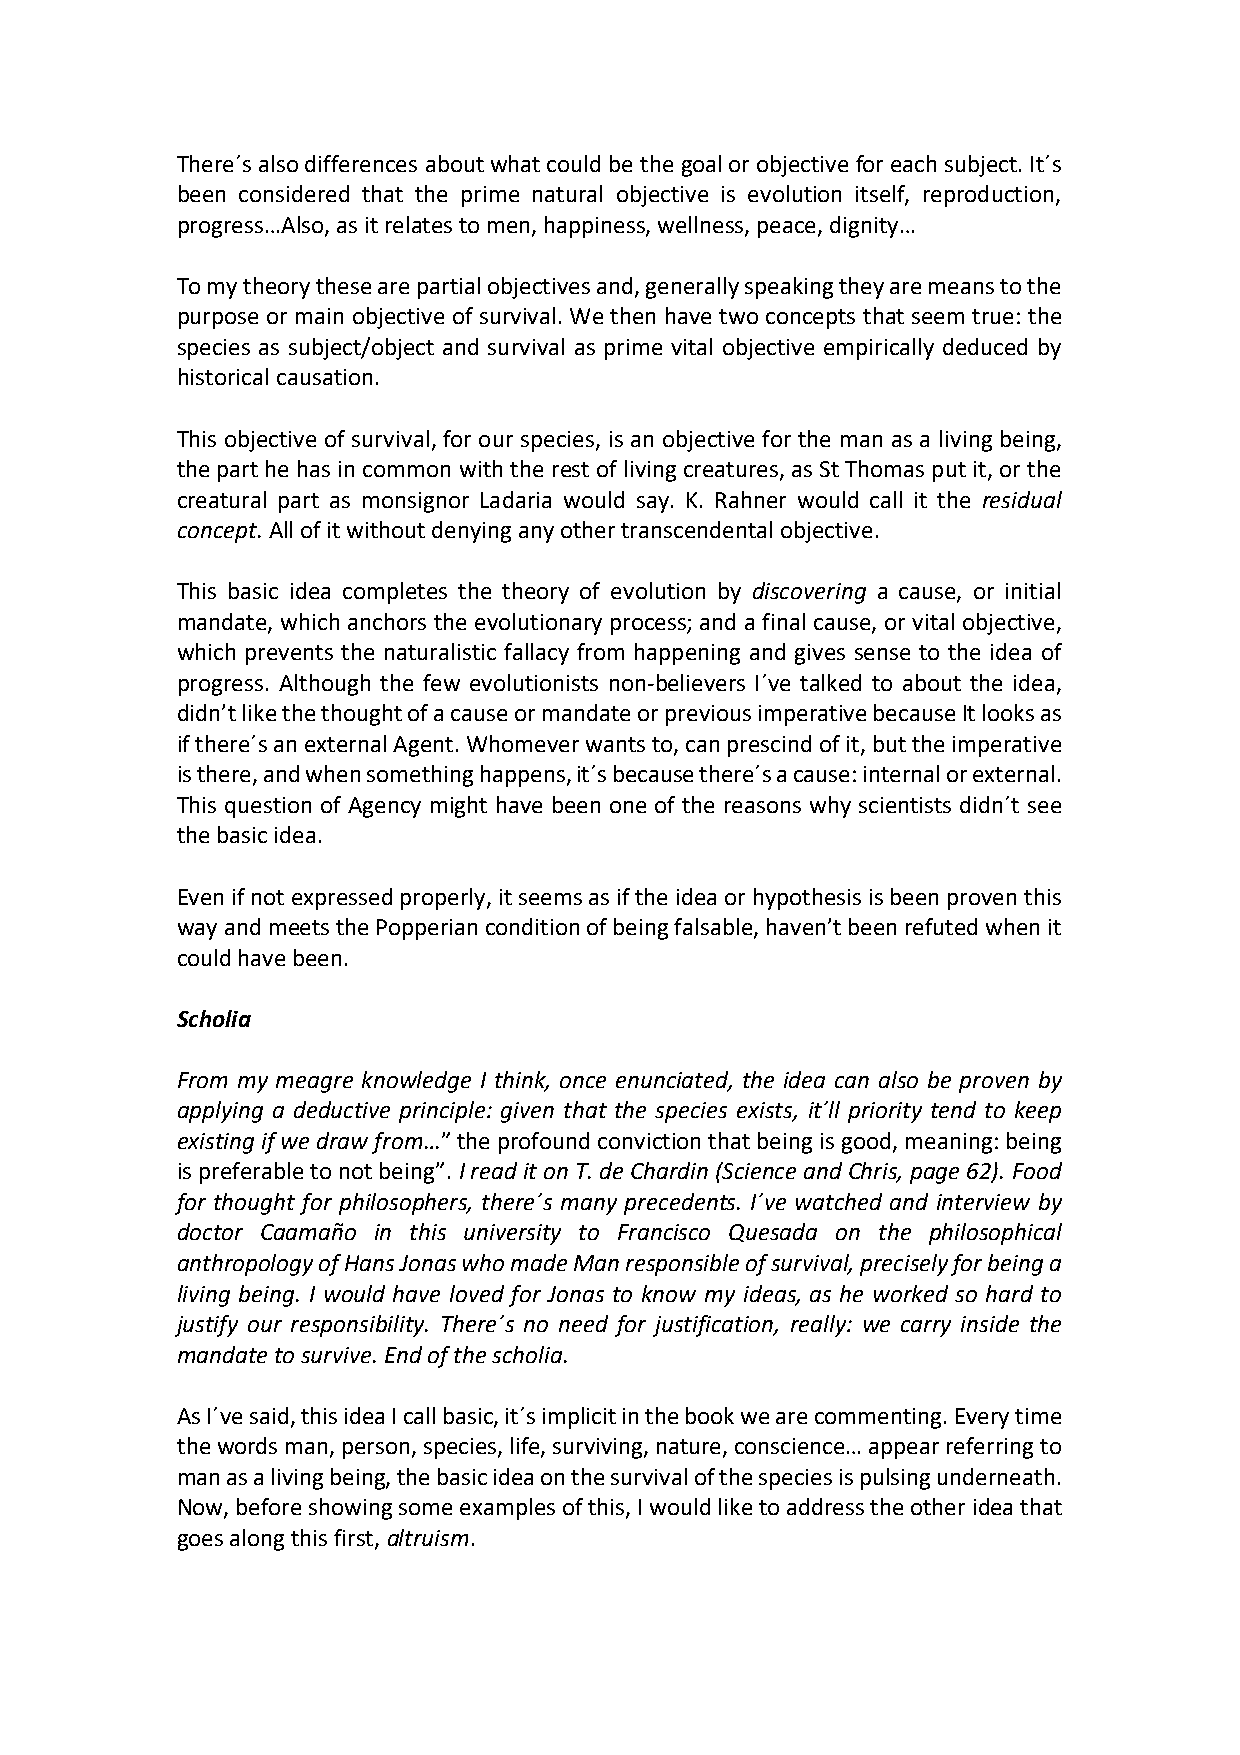
There´s also differences about what could be the goal or objective for each subject. It´s
 been considered that the prime natural objective is evolution itself, reproduction,
 progress…Also, as it relates to men, happiness, wellness, peace, dignity…
 To my theory these are partial objectives and, generally speaking they are means to the
 purpose or main objective of survival. We then have two concepts that seem true: the
 species as subject/object and survival as prime vital objective empirically deduced by
 historical causation.
 This objective of survival, for our species, is an objective for the man as a living being,
 the part he has in common with the rest of living creatures, as St Thomas put it, or the
 creatural part as monsignor Ladaria would say. K. Rahner would call it the residual
 concept. All of it without denying any other transcendental objective.
 This basic idea completes the theory of evolution by discovering a cause, or initial
 mandate, which anchors the evolutionary process; and a final cause, or vital objective,
 which prevents the naturalistic fallacy from happening and gives sense to the idea of
 progress. Although the few evolutionists non-believers I´ve talked to about the idea,
 didn’t like the thought of a cause or mandate or previous imperative because It looks as
 if there´s an external Agent. Whomever wants to, can prescind of it, but the imperative
 is there, and when something happens, it´s because there´s a cause: internal or external.
 This question of Agency might have been one of the reasons why scientists didn´t see
 the basic idea.
 Even if not expressed properly, it seems as if the idea or hypothesis is been proven this
 way and meets the Popperian condition of being falsable, haven’t been refuted when it
 could have been.
 Scholia
 From my meagre knowledge I think, once enunciated, the idea can also be proven by
 applying a deductive principle: given that the species exists, it´ll priority tend to keep
 existing if we draw from…” the profound conviction that being is good, meaning: being
 is preferable to not being”. I read it on T. de Chardin (Science and Chris, page 62). Food
 for thought for philosophers, there´s many precedents. I´ve watched and interview by
 doctor Caamaño in this university to Francisco Quesada on the philosophical
 anthropology of Hans Jonas who made Man responsible of survival, precisely for being a
 living being. I would have loved for Jonas to know my ideas, as he worked so hard to
 justify our responsibility. There´s no need for justification, really: we carry inside the
 mandate to survive. End of the scholia.
 As I´ve said, this idea I call basic, it´s implicit in the book we are commenting. Every time
 the words man, person, species, life, surviving, nature, conscience… appear referring to
 man as a living being, the basic idea on the survival of the species is pulsing underneath.
 Now, before showing some examples of this, I would like to address the other idea that
 goes along this first, altruism.